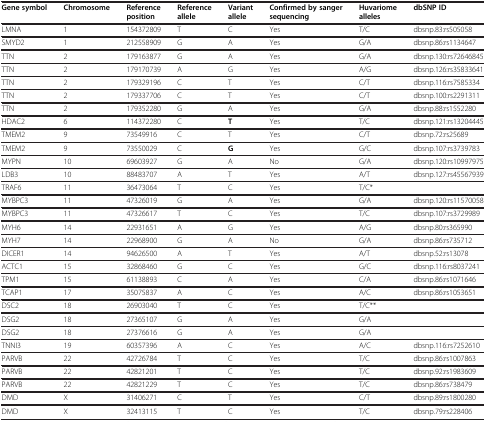
<table><thead><tr><td><b>Gene symbol</b></td><td><b>Chromosome</b></td><td><b>Reference position</b></td><td><b>Reference allele</b></td><td><b>Variant allele</b></td><td><b>Confirmed by sanger sequencing</b></td><td><b>Huvariome alleles</b></td><td><b>dbSNP ID</b></td></tr></thead><tbody><tr><td>LMNA</td><td>1</td><td>154372809</td><td>T</td><td>C</td><td>Yes</td><td>T/C</td><td>dbsnp.83:rs505058</td></tr><tr><td>SMYD2</td><td>1</td><td>212558909</td><td>G</td><td>A</td><td>Yes</td><td>G/A</td><td>dbsnp.86:rs1134647</td></tr><tr><td>TTN</td><td>2</td><td>179163877</td><td>G</td><td>A</td><td>Yes</td><td>G/A</td><td>dbsnp.130:rs72646845</td></tr><tr><td>TTN</td><td>2</td><td>179170739</td><td>A</td><td>G</td><td>Yes</td><td>A/G</td><td>dbsnp.126:rs35833641</td></tr><tr><td>TTN</td><td>2</td><td>179329196</td><td>C</td><td>T</td><td>Yes</td><td>C/T</td><td>dbsnp.116:rs7585334</td></tr><tr><td>TTN</td><td>2</td><td>179337706</td><td>C</td><td>T</td><td>Yes</td><td>C/T</td><td>dbsnp.100:rs2291311</td></tr><tr><td>TTN</td><td>2</td><td>179352280</td><td>G</td><td>A</td><td>Yes</td><td>G/A</td><td>dbsnp.88:rs1552280</td></tr><tr><td>HDAC2</td><td>6</td><td>114372280</td><td>C</td><td><b>T</b></td><td>Yes</td><td>T/C</td><td>dbsnp.121:rs13204445</td></tr><tr><td>TMEM2</td><td>9</td><td>73549916</td><td>C</td><td>T</td><td>Yes</td><td>C/T</td><td>dbsnp.72:rs25689</td></tr><tr><td>TMEM2</td><td>9</td><td>73550029</td><td>C</td><td><b>G</b></td><td>Yes</td><td>G/C</td><td>dbsnp.107:rs3739783</td></tr><tr><td>MYPN</td><td>10</td><td>69603927</td><td>G</td><td>A</td><td>No</td><td>G/A</td><td>dbsnp.120:rs10997975</td></tr><tr><td>LDB3</td><td>10</td><td>88483707</td><td>A</td><td>T</td><td>Yes</td><td>A/T</td><td>dbsnp.127:rs45567939</td></tr><tr><td>TRAF6</td><td>11</td><td>36473064</td><td>T</td><td>C</td><td>Yes</td><td>T/C*</td><td> </td></tr><tr><td>MYBPC3</td><td>11</td><td>47326019</td><td>G</td><td>A</td><td>Yes</td><td>G/A</td><td>dbsnp.120:rs11570058</td></tr><tr><td>MYBPC3</td><td>11</td><td>47326617</td><td>T</td><td>C</td><td>Yes</td><td>T/C</td><td>dbsnp.107:rs3729989</td></tr><tr><td>MYH6</td><td>14</td><td>22931651</td><td>A</td><td>G</td><td>Yes</td><td>A/G</td><td>dbsnp.80:rs365990</td></tr><tr><td>MYH7</td><td>14</td><td>22968900</td><td>G</td><td>A</td><td>No</td><td>G/A</td><td>dbsnp.86:rs735712</td></tr><tr><td>DICER1</td><td>14</td><td>94626500</td><td>A</td><td>T</td><td>Yes</td><td>A/T</td><td>dbsnp.52:rs13078</td></tr><tr><td>ACTC1</td><td>15</td><td>32868460</td><td>G</td><td>C</td><td>Yes</td><td>G/C</td><td>dbsnp.116:rs8037241</td></tr><tr><td>TPM1</td><td>15</td><td>61138893</td><td>C</td><td>A</td><td>Yes</td><td>C/A</td><td>dbsnp.86:rs1071646</td></tr><tr><td>TCAP1</td><td>17</td><td>35075837</td><td>A</td><td>C</td><td>Yes</td><td>A/C</td><td>dbsnp.86:rs1053651</td></tr><tr><td>DSC2</td><td>18</td><td>26903040</td><td>T</td><td>C</td><td>Yes</td><td>T/C**</td><td> </td></tr><tr><td>DSG2</td><td>18</td><td>27365107</td><td>G</td><td>A</td><td>Yes</td><td>G/A</td><td> </td></tr><tr><td>DSG2</td><td>18</td><td>27376616</td><td>G</td><td>A</td><td>Yes</td><td>G/A</td><td> </td></tr><tr><td>TNNI3</td><td>19</td><td>60357396</td><td>A</td><td>C</td><td>Yes</td><td>A/C</td><td>dbsnp.116:rs7252610</td></tr><tr><td>PARVB</td><td>22</td><td>42726784</td><td>T</td><td>C</td><td>Yes</td><td>T/C</td><td>dbsnp.86:rs1007863</td></tr><tr><td>PARVB</td><td>22</td><td>42821201</td><td>T</td><td>C</td><td>Yes</td><td>T/C</td><td>dbsnp.92:rs1983609</td></tr><tr><td>PARVB</td><td>22</td><td>42821229</td><td>T</td><td>C</td><td>Yes</td><td>T/C</td><td>dbsnp.86:rs738479</td></tr><tr><td>DMD</td><td>X</td><td>31406271</td><td>C</td><td>T</td><td>Yes</td><td>C/T</td><td>dbsnp.89:rs1800280</td></tr><tr><td>DMD</td><td>X</td><td>32413115</td><td>T</td><td>C</td><td>Yes</td><td>T/C</td><td>dbsnp.79:rs228406</td></tr></tbody></table>